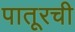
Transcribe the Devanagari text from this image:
पातूरची